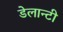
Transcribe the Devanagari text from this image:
डेलान्टी